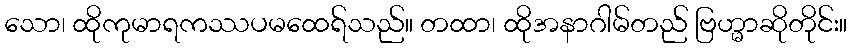
သော၊ ထိုကုမာရကဿပမထေရ်သည်။ တထာ၊ ထိုအနာဂါမ်တည် ဗြဟ္မာဆိုတိုင်း။